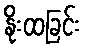
နိုးထခြင်း